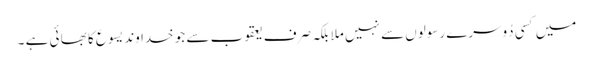
میں کسی دُوسرے رسولوں سے نہیں ملا بلکہ صرف یعقوب سے جو خدا وند یسوع کا بھا ئی ہے ۔